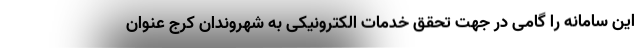
این سامانه را گامی در جهت تحقق خدمات الکترونیکی به شهروندان کرج عنوان